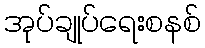
အုပ်ချုပ်ရေးစနစ်